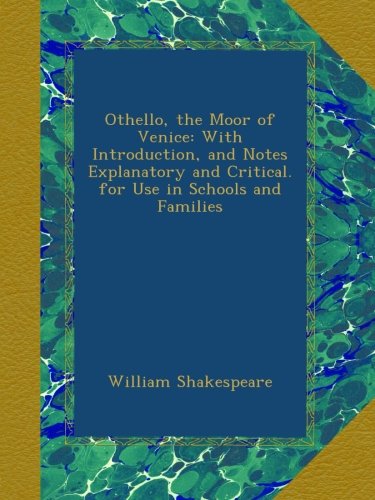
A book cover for Othello, the Moor of Venice: With Introduction, and Notes Explanatory and Critical. for Use in Schools and Families; William Shakespeare; Humor & Entertainment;